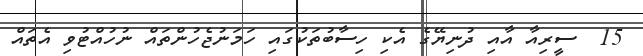
15  ސީރިއާ އާއި ދުނިޔޭގެ އެކި ހިސާބުތަކުގައި ހަމަނުޖެހުންތައް ނުހުއްޓުވި އެތައް